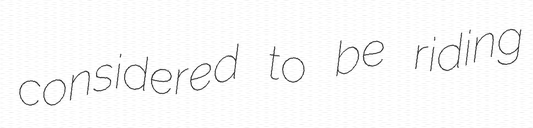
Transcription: considered to be riding